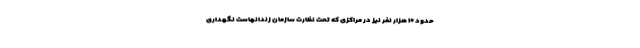
حدود ۱۰ هزار نفر نیز در مراکزی که تحت نظارت سازمان زندانهاست نگهداری